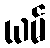
ယမ်